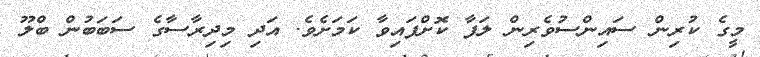
މީގެ ކުރިން ސައިންސުވެރިން ލަފާ ކޮށްފައިވާ ކަމަށެވެ. އަދި މިދިރާސާގެ ސަބަބުން ބްލޫ